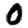
Digit: 0